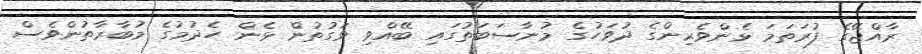
ރާއްޖޭގެ ފުރަތަމަ ޅެންވެރިންގެ ދުވަހުގެ މުނާސަބަތުގައި ބޭއްވި ވަގުތުން ޅެން ހެދުމުގެ މުބާރާތުންވެސް